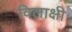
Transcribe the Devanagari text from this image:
विलाक्षी